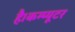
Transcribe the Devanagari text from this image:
है।कम्‍प्‍यूटर